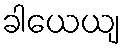
ခါယေယျ